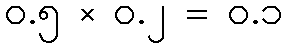
၀.၅ × ၀.၂ = ၀.၁